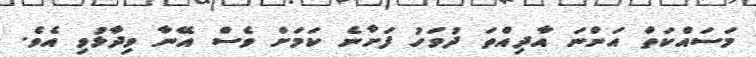
މަސައްކަތް އަންނަ އާދިއްތަ ދުވަހު ފަށާނެ ކަމަށް ވެސް އޭނާ ވިދާޅުވި އެވެ.